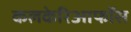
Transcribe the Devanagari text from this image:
कलकेरिआफॉस